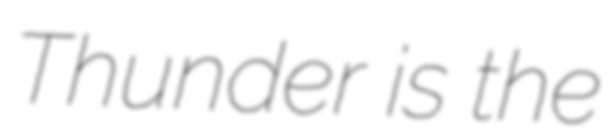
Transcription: Thunder is the